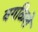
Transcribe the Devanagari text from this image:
वगळिले